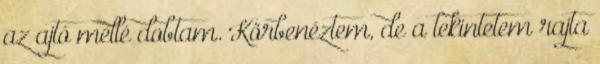
az ajtó mellé dobtam. Körbenéztem, de a tekintetem rajta